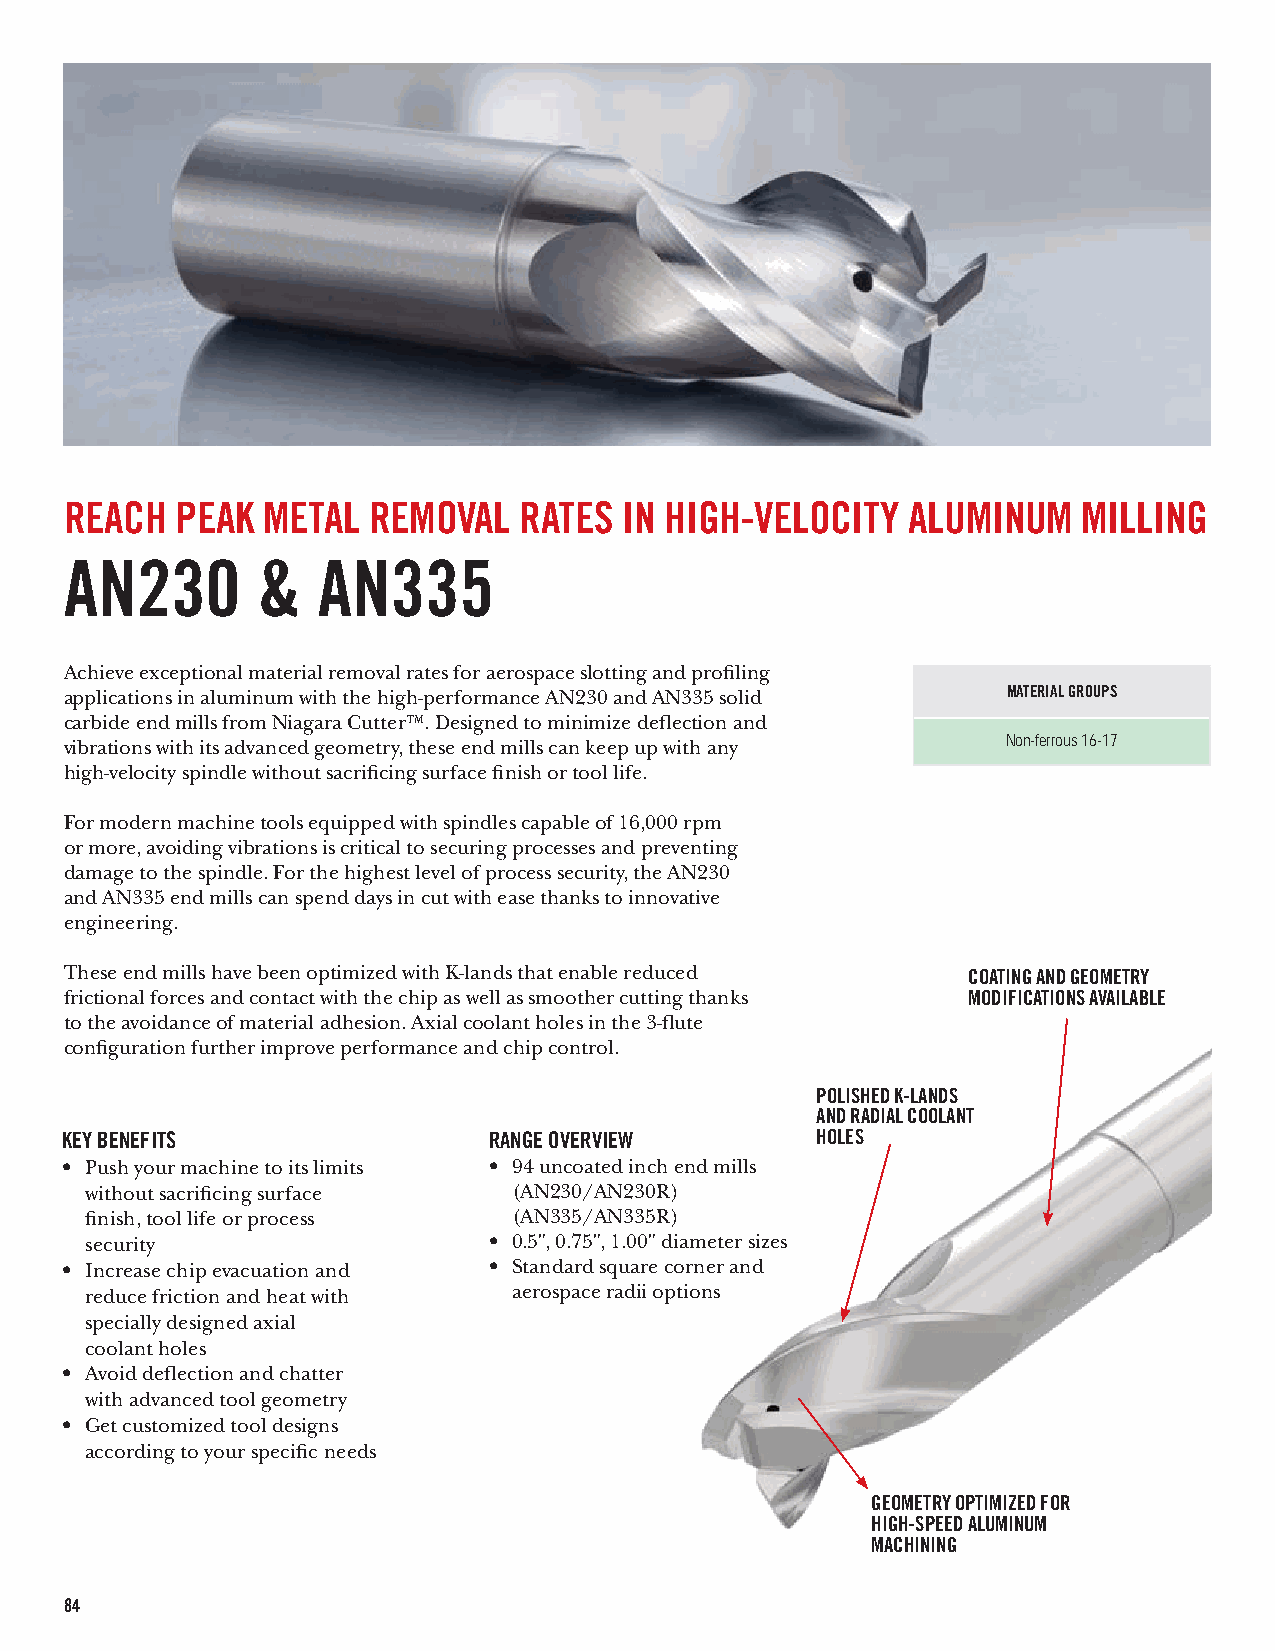
REACH   PEAK METAL  REMOVAL   RATES  IN HIGH-VELOCITY   ALUMINUM    MILLING
 AN230        &   AN335
 Achieve exceptional material removal rates for aerospace slotting and profiling
 applications in aluminum with the high-performance AN230 and AN335 solid MATERIAL GROUPS
 carbide end mills from Niagara Cutter™. Designed to minimize deflection and
 vibrations with its advanced geometry, these end mills can keep up with any Non-ferrous 16-17
 high-velocity spindle without sacrificing surface finish or tool life.
 For modern machine tools equipped with spindles capable of 16,000 rpm
 or more, avoiding vibrations is critical to securing processes and preventing
 damage to the spindle. For the highest level of process security, the AN230
 and AN335 end mills can spend days in cut with ease thanks to innovative
 engineering.
 These end mills have been optimized with K-lands that enable reduced COATING AND GEOMETRY
 frictional forces and contact with the chip as well as smoother cutting thanks MODIFICATIONS AVAILABLE
 to the avoidance of material adhesion. Axial coolant holes in the 3-flute
 configuration further improve performance and chip control.
 POLISHED K-LANDS
 AND RADIAL COOLANT
 KEY BENEFITS                RANGE OVERVIEW        HOLES
 • Push your machine to its limits • 94 uncoated inch end mills
 without sacrificing surface (AN230/AN230R)
 finish, tool life or process (AN335/AN335R)
 security                  • 0.5", 0.75", 1.00" diameter sizes
 • Increase chip evacuation and • Standard square corner and
 reduce friction and heat with aerospace radii options
 specially designed axial
 coolant holes
 • Avoid deflection and chatter
 with advanced tool geometry
 • Get customized tool designs
 according to your specific needs
 GEOMETRY OPTIMIZED FOR
 HIGH-SPEED ALUMINUM
 MACHINING
 84